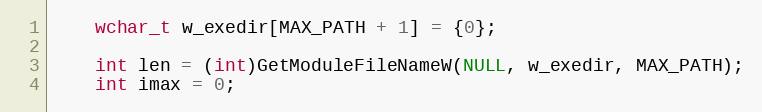
Language: C
    wchar_t w_exedir[MAX_PATH + 1] = {0};

    int len = (int)GetModuleFileNameW(NULL, w_exedir, MAX_PATH);
    int imax = 0;